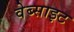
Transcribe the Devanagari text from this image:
वेब्साइट